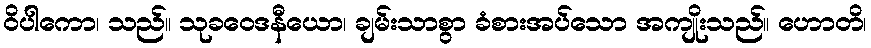
ဝိပါကော၊ သည်။ သုခဝေဒနီယော၊ ချမ်းသာစွာ ခံစားအပ်သော အကျိုးသည်။ ဟောတိ၊